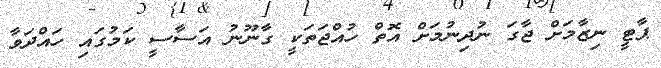
ޕާޓީ ނިޒާމަށް ޖާގަ ނުދިނުމަށް އޮތް ހުއްޖަތަކީ ގާނޫނު އަސާސީ ކަމުގައި ހައްދަވާ